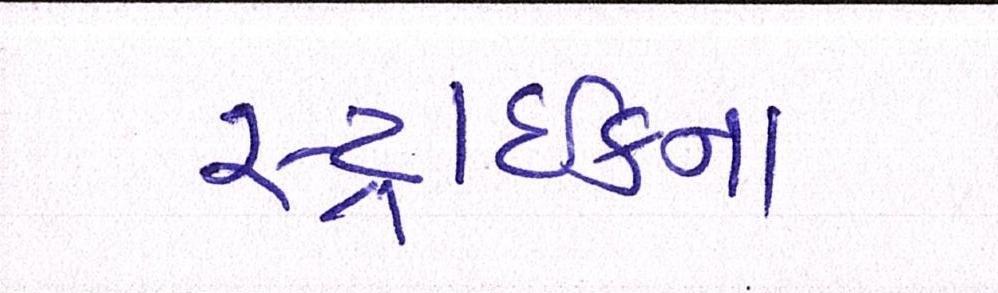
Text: સ્ટ્રાઈકના